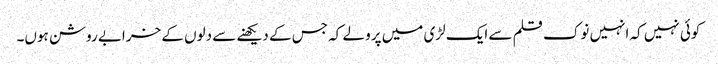
کوئی نہیں کہ انہیں نوک قلم سے ایک لڑی میں پرو لے کہ جس کے دیکھنے سے دلوں کے خرابے روشن ہوں۔